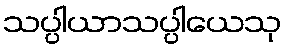
သပ္ပါယာသပ္ပါယေသု